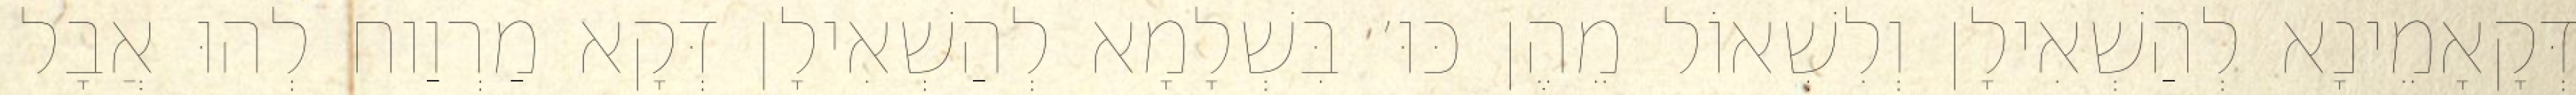
דְּקָאָמֵינָא לְהַשְׁאִילָן וְלִשְׁאוֹל מֵהֶן כּוּ׳ בִּשְׁלָמָא לְהַשְׁאִילָן דְּקָא מַרְוַוח לְהוּ אֲבָל